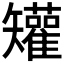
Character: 𥐓